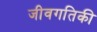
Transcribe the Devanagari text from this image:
जीवगतिकी